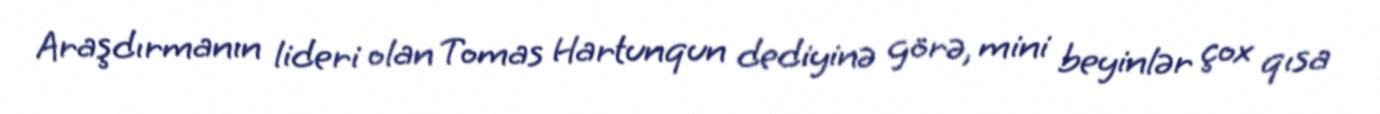
Araşdırmanın lideri olan Tomas Hartunqun dediyinə görə, mini beyinlər çox qısa